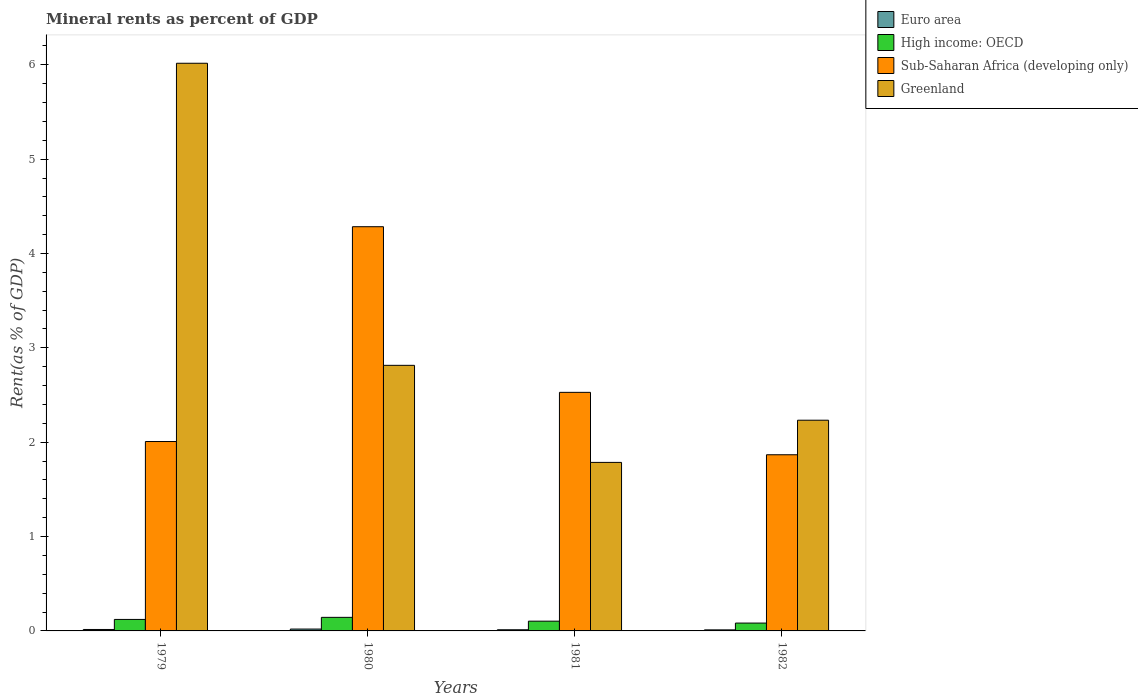
| Years | Euro area | High income: OECD | Sub-Saharan Africa (developing only) | Greenland |
 | --- | --- | --- | --- | --- |
 | 1979 | 0.0153 | 0.122 | 2.01 | 6.02 |
 | 1980 | 0.0198 | 0.144 | 4.28 | 2.81 |
 | 1981 | 0.0123 | 0.103 | 2.53 | 1.79 |
 | 1982 | 0.0111 | 0.0832 | 1.87 | 2.23 |